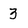
Character: 3